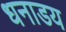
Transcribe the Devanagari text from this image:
धनाडय